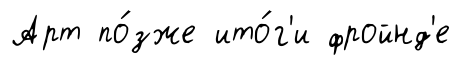
Арт по́зже ито́г'и фройнд'е